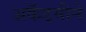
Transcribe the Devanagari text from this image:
अकॅडमीने